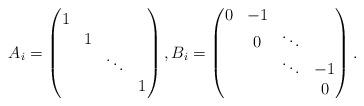
LaTeX: \begin{align*}A_i = \left( \begin{matrix} 1 & & & \\ &1 & & \\ & & \ddots & \\ & & & 1 \\ \end{matrix} \right),B_i = \left( \begin{matrix} 0 & -1& & \\ & 0 & \ddots & \\ & & \ddots & -1 \\ & & & 0 \\ \end{matrix} \right). \end{align*}